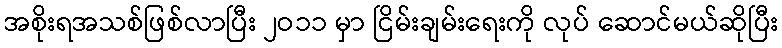
အစိုးရအသစ်ဖြစ်လာပြီး ၂ဝ၁၁ မှာ ငြိမ်းချမ်းရေးကို လုပ် ဆောင်မယ်ဆိုပြီး